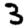
Digit: 3